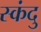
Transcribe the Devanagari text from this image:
स्कंदु